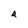
Character: a